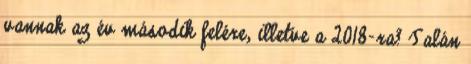
vannak az év második felére, illetve a 2018-ra? Talán